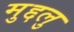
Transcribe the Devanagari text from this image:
मुद्दलु